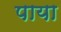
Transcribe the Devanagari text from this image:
पाया